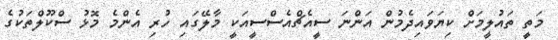
މަތީ ތައުލީމަށް ކިޔަވައިދެމުން އަންނަ ސީއެޗްއެސްސީއަކީ މާލޭގައި ހުރި އެންމެ މޮޅު ސްކޫލްތަކުގެ